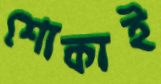
শোকাই